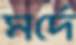
মর্দে